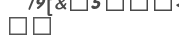
١٧